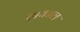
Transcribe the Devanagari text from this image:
ट्रायबल